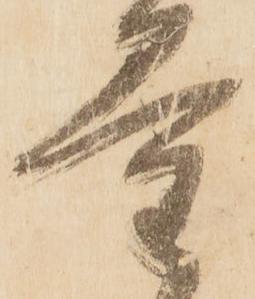
量